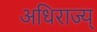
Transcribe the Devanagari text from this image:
अधिराज्य्